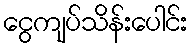
ငွေကျပ်သိန်းပေါင်း